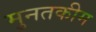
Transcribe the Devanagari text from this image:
मुनतकीम